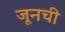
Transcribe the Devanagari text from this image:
जूनची